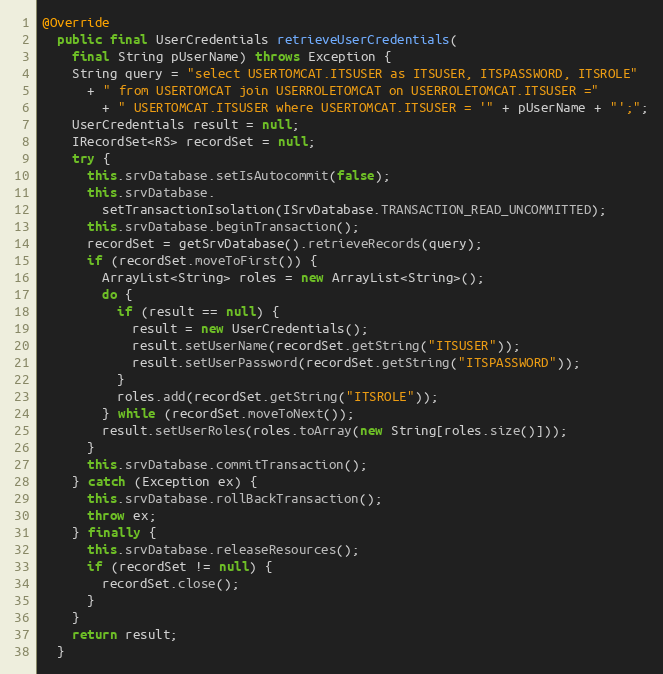
Language: Java
@Override
  public final UserCredentials retrieveUserCredentials(
    final String pUserName) throws Exception {
    String query = "select USERTOMCAT.ITSUSER as ITSUSER, ITSPASSWORD, ITSROLE"
      + " from USERTOMCAT join USERROLETOMCAT on USERROLETOMCAT.ITSUSER ="
        + " USERTOMCAT.ITSUSER where USERTOMCAT.ITSUSER = '" + pUserName + "';";
    UserCredentials result = null;
    IRecordSet<RS> recordSet = null;
    try {
      this.srvDatabase.setIsAutocommit(false);
      this.srvDatabase.
        setTransactionIsolation(ISrvDatabase.TRANSACTION_READ_UNCOMMITTED);
      this.srvDatabase.beginTransaction();
      recordSet = getSrvDatabase().retrieveRecords(query);
      if (recordSet.moveToFirst()) {
        ArrayList<String> roles = new ArrayList<String>();
        do {
          if (result == null) {
            result = new UserCredentials();
            result.setUserName(recordSet.getString("ITSUSER"));
            result.setUserPassword(recordSet.getString("ITSPASSWORD"));
          }
          roles.add(recordSet.getString("ITSROLE"));
        } while (recordSet.moveToNext());
        result.setUserRoles(roles.toArray(new String[roles.size()]));
      }
      this.srvDatabase.commitTransaction();
    } catch (Exception ex) {
      this.srvDatabase.rollBackTransaction();
      throw ex;
    } finally {
      this.srvDatabase.releaseResources();
      if (recordSet != null) {
        recordSet.close();
      }
    }
    return result;
  }